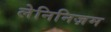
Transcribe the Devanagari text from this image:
लेनिनिज़म